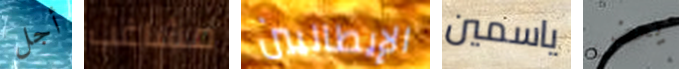
أجل مشاغب الإيطاليين ياسمين يعض